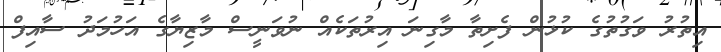
އިތުރު ވަގުތުގެ ކުޅުން ފެށިތާ މާގިނަ އިރުތަކެއް ނުވަނީސް މާޒިޔާގެ އަހުމަދު ސާއިފް